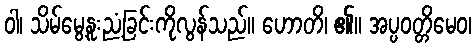
ဝါ၊ သိမ်မွေ့နူးညံ့ခြင်းကိုလွန်သည်။ ဟောတိ၊ ၏။ အပ္ပဝတ္တိမေဝ၊